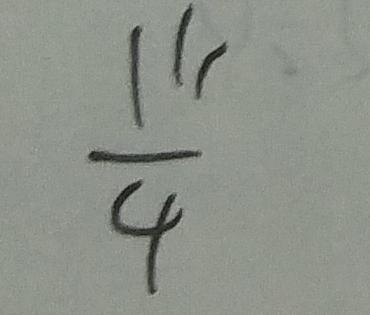
\frac { 1 1 1 } { 4 }